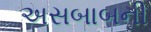
અસબાબની